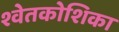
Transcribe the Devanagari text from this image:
श्वेतकोशिका